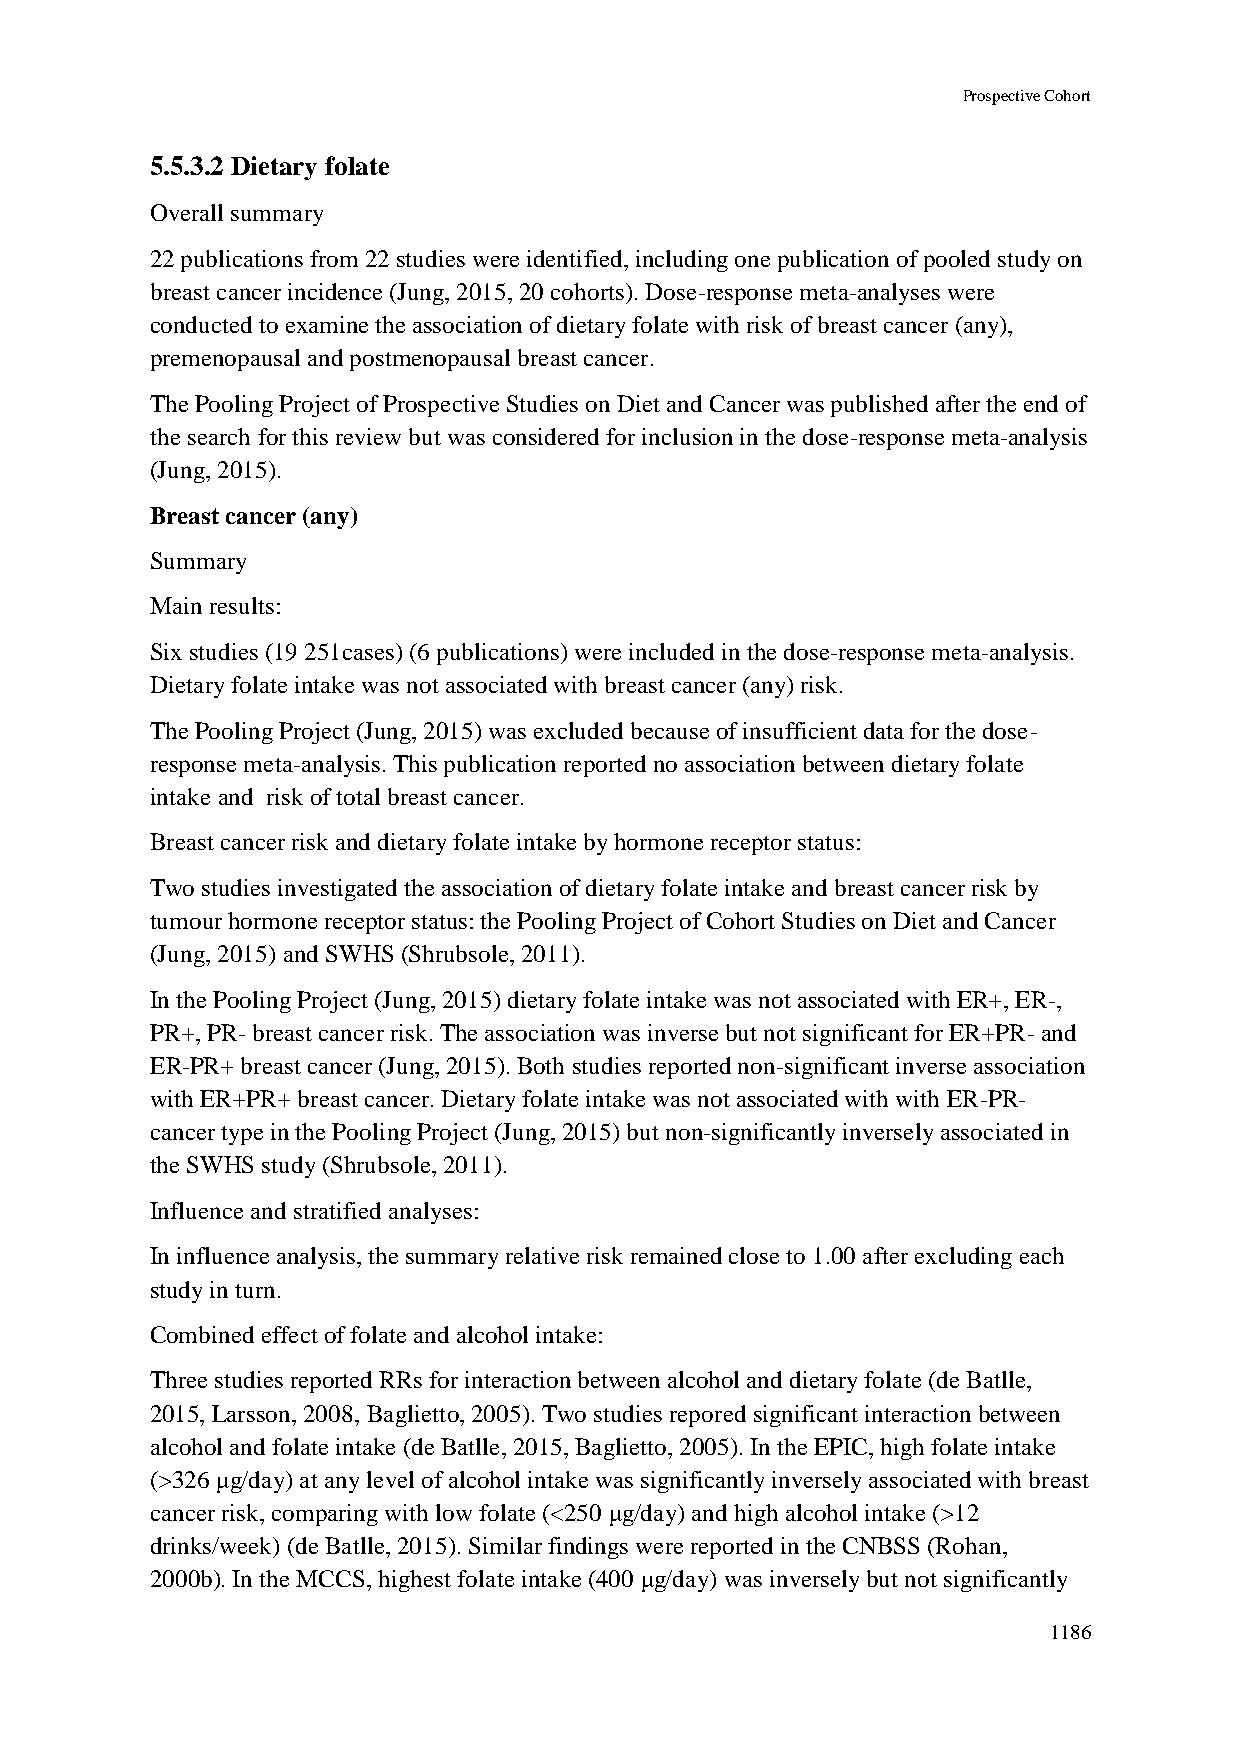
Prospective Cohort
 5.5.3.2 Dietary folate
 Overall summary
 22 publications from 22 studies were identified, including one publication of pooled study on
 breast cancer incidence (Jung, 2015, 20 cohorts). Dose-response meta-analyses were
 conducted to examine the association of dietary folate with risk of breast cancer (any),
 premenopausal and postmenopausal breast cancer.
 The Pooling Project of Prospective Studies on Diet and Cancer was published after the end of
 the search for this review but was considered for inclusion in the dose-response meta-analysis
 (Jung, 2015).
 Breast cancer (any)
 Summary
 Main results:
 Six studies (19 251cases) (6 publications) were included in the dose-response meta-analysis.
 Dietary folate intake was not associated with breast cancer (any) risk.
 The Pooling Project (Jung, 2015) was excluded because of insufficient data for the dose-
 response meta-analysis. This publication reported no association between dietary folate
 intake and risk of total breast cancer.
 Breast cancer risk and dietary folate intake by hormone receptor status:
 Two studies investigated the association of dietary folate intake and breast cancer risk by
 tumour hormone receptor status: the Pooling Project of Cohort Studies on Diet and Cancer
 (Jung, 2015) and SWHS (Shrubsole, 2011).
 In the Pooling Project (Jung, 2015) dietary folate intake was not associated with ER+, ER-,
 PR+, PR- breast cancer risk. The association was inverse but not significant for ER+PR- and
 ER-PR+ breast cancer (Jung, 2015). Both studies reported non-significant inverse association
 with ER+PR+ breast cancer. Dietary folate intake was not associated with with ER-PR-
 cancer type in the Pooling Project (Jung, 2015) but non-significantly inversely associated in
 the SWHS study (Shrubsole, 2011).
 Influence and stratified analyses:
 In influence analysis, the summary relative risk remained close to 1.00 after excluding each
 study in turn.
 Combined effect of folate and alcohol intake:
 Three studies reported RRs for interaction between alcohol and dietary folate (de Batlle,
 2015, Larsson, 2008, Baglietto, 2005). Two studies repored significant interaction between
 alcohol and folate intake (de Batlle, 2015, Baglietto, 2005). In the EPIC, high folate intake
 (>326 μg/day) at any level of alcohol intake was significantly inversely associated with breast
 cancer risk, comparing with low folate (<250 μg/day) and high alcohol intake (>12
 drinks/week) (de Batlle, 2015). Similar findings were reported in the CNBSS (Rohan,
 2000b). In the MCCS, highest folate intake (400 μg/day) was inversely but not significantly
 1186